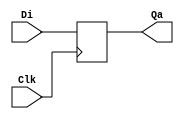
module D_flop_p (Di, Clk, Qa);

	input Di, Clk;
	output reg Qa;
	
	always @ (posedge Clk)
		Qa = Di;
	
endmodule